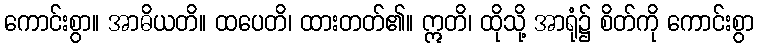
ကောင်းစွာ။ အာဓိယတိ။ ထပေတိ၊ ထားတတ်၏။ ဣတိ၊ ထိုသို့ အာရုံ၌ စိတ်ကို ကောင်းစွာ